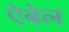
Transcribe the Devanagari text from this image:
ऐबेल